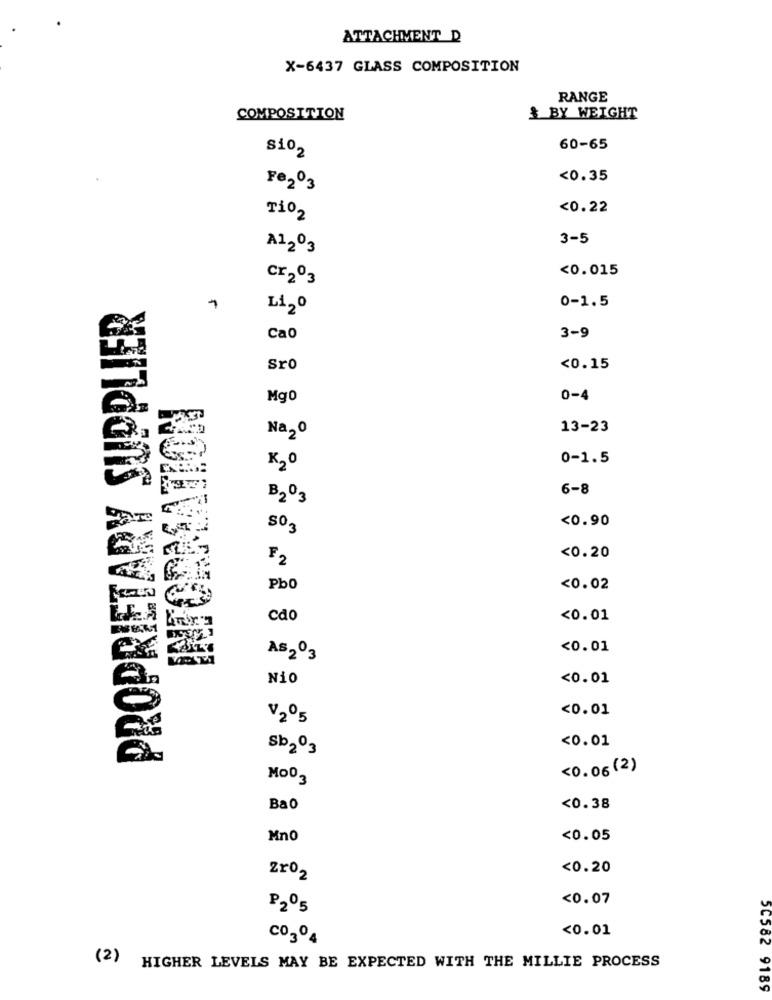
ATTACHMENT D
X-6437 GLASS COMPOSITION
RANGE
COMPOSITION
& BY WEIGHT
Si02
60-65
<0.35
Fe2º3
<0.22
Tio2
3-5
A12º3
<0.015
cr203
PROPRIETARY SUPPLIER
0-1.5
1
Li2o
Cao
3-9
Sro
<0.15
Mg0
0-4
13-23
Na20
0-1.5
K20
6-8
B203
<0.90
SO3
F2
<0.20
PbO
<0.02
cdo
<0.01
<0.01
AS203
Nio
<0.01
<0.01
V205
<0.01
sb203
<0.06 (2)
Mo03
Ba0
<0.38
Mno
<0.05
<0.20
Zr02
<0.07
P205
<0.01
CO304
(2)
HIGHER LEVELS MAY BE EXPECTED WITH THE MILLIE PROCESS
5C582 9189